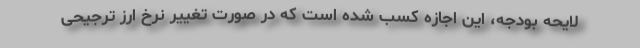
لایحه بودجه، این اجازه کسب شده است که در صورت تغییر نرخ ارز ترجیحی